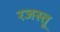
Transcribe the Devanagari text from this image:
रजस्तू